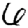
Digit: 6